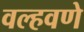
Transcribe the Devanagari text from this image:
वल्हवणे